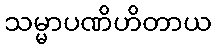
သမ္မာပဏိဟိတာယ